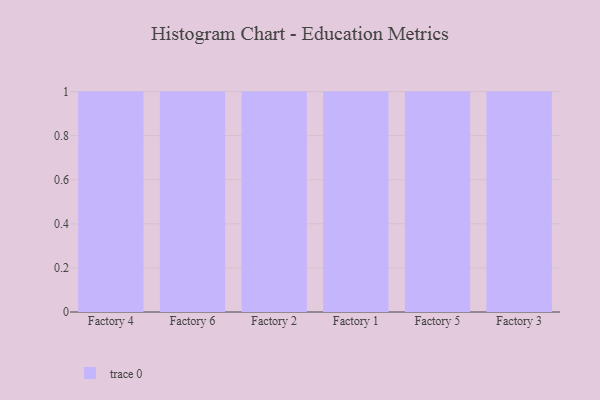
{"axis": {"x": "Factory", "y": "Tickets Resolved"}, "legend": [""], "data": [{"x": "Factory 4", "y": 57, "type": ""}, {"x": "Factory 6", "y": 63, "type": ""}, {"x": "Factory 2", "y": 97, "type": ""}, {"x": "Factory 1", "y": 27, "type": ""}, {"x": "Factory 5", "y": 98, "type": ""}, {"x": "Factory 3", "y": 31, "type": ""}]}